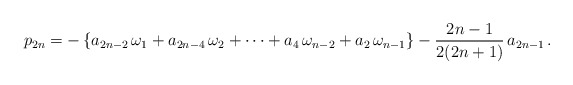
\begin{align*}p_{2n}=-\left\{a_{2n-2}\,\omega_1+a_{2n-4}\,\omega_2+\cdots+a_4\,\omega_{n-2}+a_2\,\omega_{n-1}\right\}-\frac{2n-1}{2(2n+1)}\,a_{2n-1}\,.\end{align*}